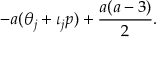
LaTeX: - a ( \theta _ { j } + \iota _ { j } p ) + \frac { a ( a - 3 ) } { 2 } .